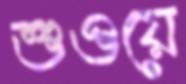
শুওয়ে